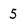
Character: 5